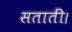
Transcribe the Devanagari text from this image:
सतातीं।